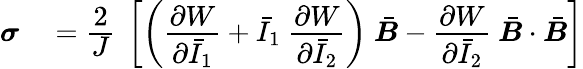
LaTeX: \begin{array}{rl}{{\boldsymbol{\sigma}}}&{{}={\cfrac{2}{J}}~\left[\left({\cfrac{\partial W}{\partial{\bar{I}}_{1}}}+{\bar{I}}_{1}~{\cfrac{\partial W}{\partial{\bar{I}}_{2}}}\right)~{\bar{\boldsymbol{B}}}-{\cfrac{\partial W}{\partial{\bar{I}}_{2}}}~{\bar{\boldsymbol{B}}}\cdot{\bar{\boldsymbol{B}}}\right]}\end{array}